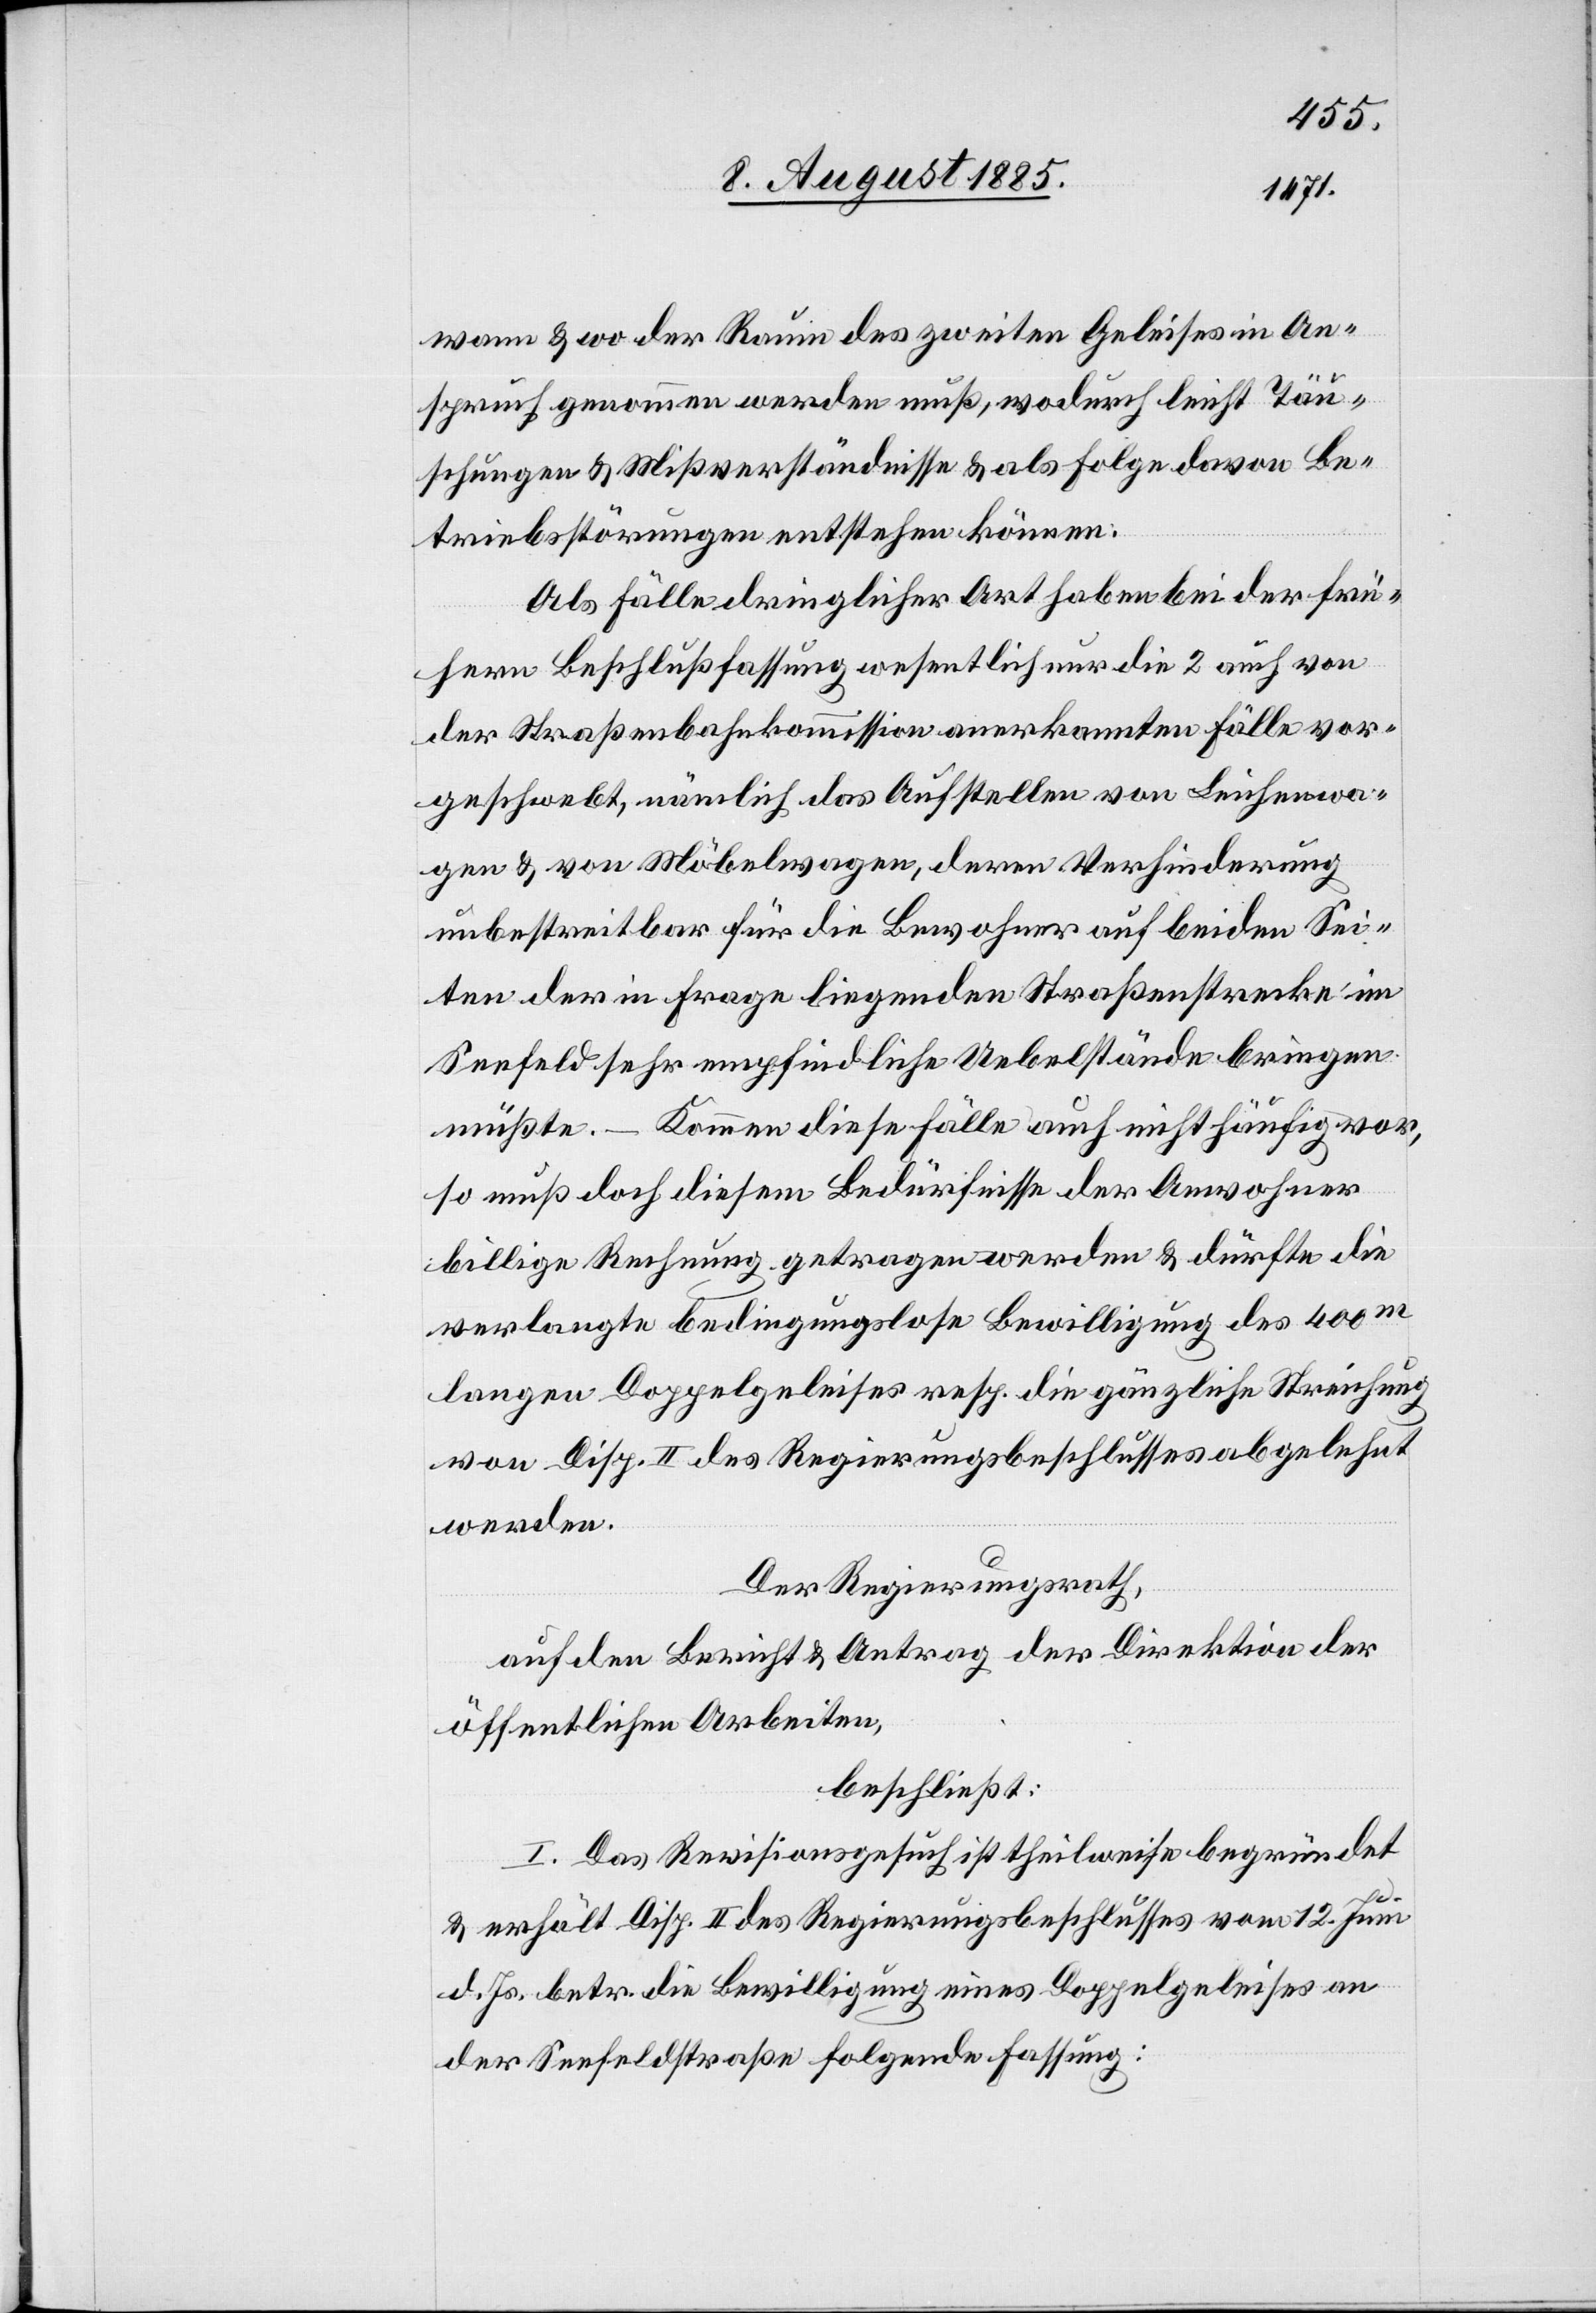
wenn & wo der Raum des zweiten Geleises in An¬
spruch genommen werden muß, wodurch leicht Täu¬
schungen & Mißverständnisse & als Folge davon Be¬
triebsstörungen entstehen können.
Als Fälle dringlicher Art haben bei der frü¬
hern Beschlußfassung wesentlich nur die 2 auch von
der Straßenbahnkommission anerkannten Fälle vor¬
geschwebt, nämlich das Aufstellen von Leichenwa¬
gen & von Möbelwagen, deren Verhinderung
unbestreitbar für die Bewohner auf beiden Sei¬
ten der in Frage liegenden Straßenstrecke im
Seefeld sehr empfindliche Uebelstände bringen
müßte. – Kommen diese Fälle auch nicht häufig vor,
so muß doch diesem Bedürfnisse der Anwohner
billige Rechnung getragen werden & dürfe die
verlangte bedingungslose Bewilligung des 400m
langen Doppelgeleises resp. die gänzliche Streichung
von Disp. II des Regierungsbeschlusses abgelehnt
werden.
Der Regierungsrath,
auf den Bericht & Antrag der Direktion der
öffentlichen Arbeiten,
beschließt:
I. Das Revisionsgesuch ist theilweise begründet
& erhält Disp. II des Regierungsbeschlusses vom 12. Juni
d. Js. betr. die Bewilligung eines Doppelgeleises an
der Seefeldstraße folgende Fassung: